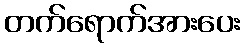
တက်ရောက်အားပေး